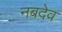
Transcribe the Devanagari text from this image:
नबदेव